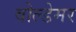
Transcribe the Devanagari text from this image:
वोल्डेमर